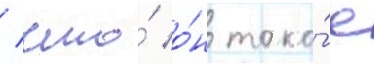
/ что́ о́н тако́е